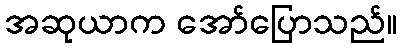
အဆုယာက အော်ပြောသည်။